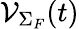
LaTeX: {\cal V}_{\Sigma_{F}}(t)